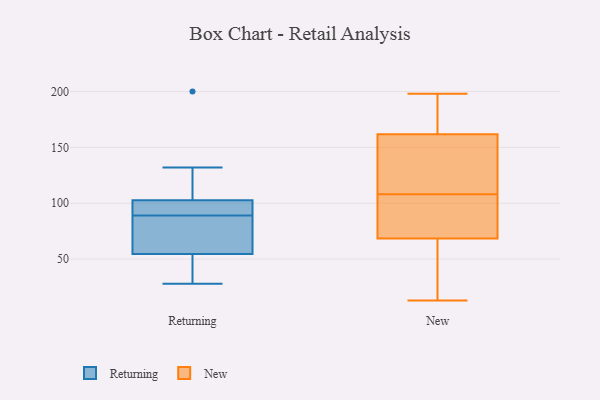
{"axis": {"x": "Bounce Rate (%)", "y": "Value"}, "legend": ["New", "Returning"], "data": [{"x": "", "y": 28, "type": "Returning"}, {"x": "", "y": 102, "type": "Returning"}, {"x": "", "y": 59, "type": "Returning"}, {"x": "", "y": 28, "type": "Returning"}, {"x": "", "y": 200, "type": "Returning"}, {"x": "", "y": 132, "type": "Returning"}, {"x": "", "y": 103, "type": "Returning"}, {"x": "", "y": 96, "type": "Returning"}, {"x": "", "y": 83, "type": "Returning"}, {"x": "", "y": 89, "type": "Returning"}, {"x": "", "y": 53, "type": "Returning"}, {"x": "", "y": 137, "type": "New"}, {"x": "", "y": 190, "type": "New"}, {"x": "", "y": 85, "type": "New"}, {"x": "", "y": 102, "type": "New"}, {"x": "", "y": 125, "type": "New"}, {"x": "", "y": 163, "type": "New"}, {"x": "", "y": 108, "type": "New"}, {"x": "", "y": 73, "type": "New"}, {"x": "", "y": 117, "type": "New"}, {"x": "", "y": 166, "type": "New"}, {"x": "", "y": 83, "type": "New"}, {"x": "", "y": 13, "type": "New"}, {"x": "", "y": 189, "type": "New"}, {"x": "", "y": 15, "type": "New"}, {"x": "", "y": 52, "type": "New"}, {"x": "", "y": 198, "type": "New"}, {"x": "", "y": 67, "type": "New"}, {"x": "", "y": 30, "type": "New"}, {"x": "", "y": 158, "type": "New"}]}